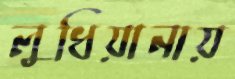
লুধিয়ানায়